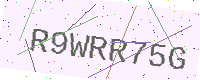
Text: R9WRR75G